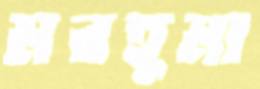
মরহুমা